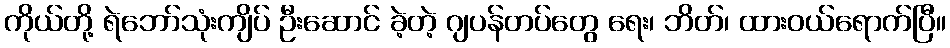
ကိုယ်တို့ ရဲဘော်သုံးကျိပ် ဦးဆောင် ခဲ့တဲ့ ဂျပန်တပ်တွေ ရေး၊ ဘိတ်၊ ထားဝယ်ရောက်ပြီ။